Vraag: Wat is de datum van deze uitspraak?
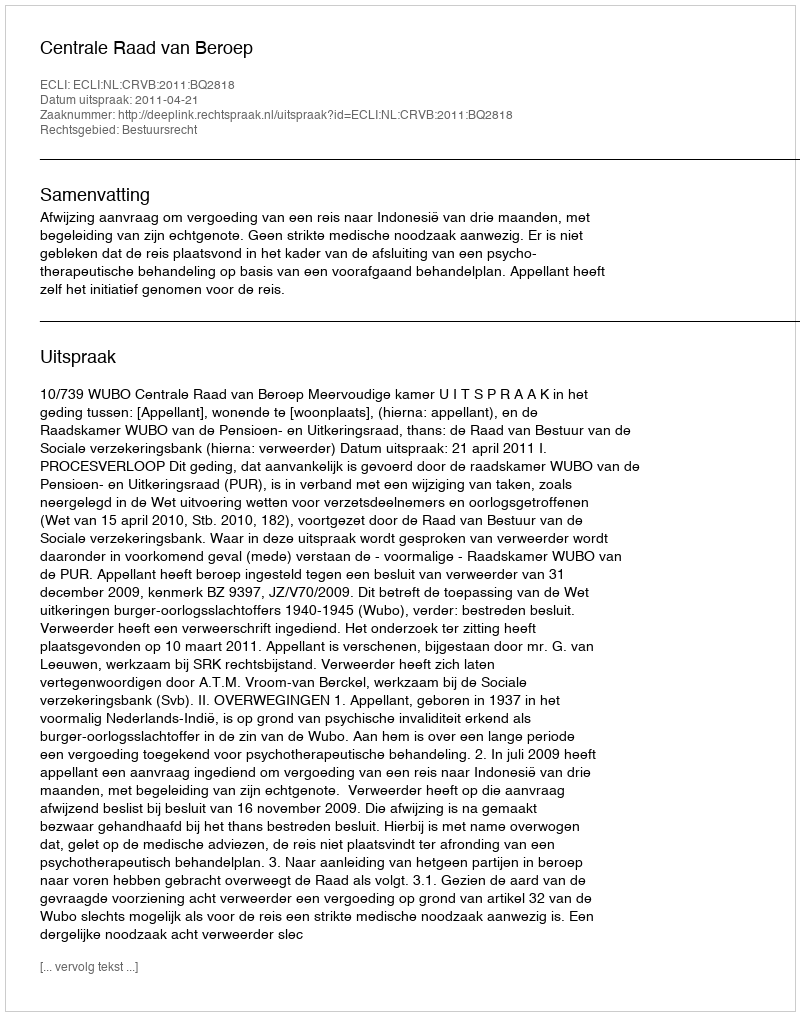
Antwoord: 2011-04-21